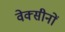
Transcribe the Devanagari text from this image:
वेक्सीनों